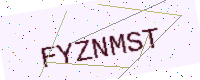
Text: FYZNMST